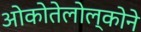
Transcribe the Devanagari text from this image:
ओकोतेलोल्कोने